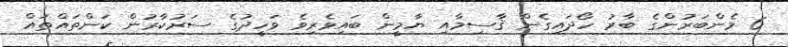
6 މެންބަރުންގެ ބާރު ހޯދައިގެން ޤާސިމާއި ޔާމީން ބައިވެރިވެ ވަހީދުގެ ސަރުކާރުން ކަންތައްތައް